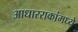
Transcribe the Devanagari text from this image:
आधारराकांमध्ये